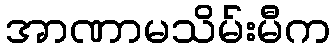
အာဏာမသိမ်းမီက